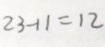
2 3 - 1 1 = 1 2